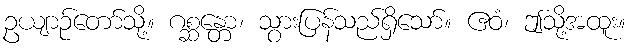
ဥယျာဉ်တော်သို့။ ဂစ္ဆန္တော၊ သွားပြန်သည်ရှိသော်။ ဧဝံ၊ ဤသို့အထူး။